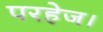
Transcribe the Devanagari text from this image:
परहेज।